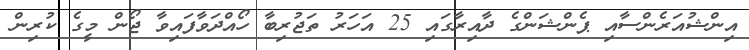
އިންޝުއަރެންސާއި ޕެންޝަންގެ ދާއިރާގައި 25 އަހަރު ތަޖުރިބާ ހޯއްދަވާފައިވާ ޖޯން މީގެ ކުރިން